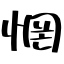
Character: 惘